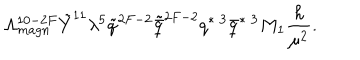
LaTeX: \Lambda _ { m a g n } ^ { 1 0 - 2 F } \tilde { Y } ^ { 1 1 } \lambda ^ { 5 } \tilde { q } ^ { 2 F - 2 } \tilde { \bar { q } } ^ { 2 F - 2 } q ^ { * \; 3 } \bar { q } ^ { * \; 3 } M _ { 1 } \frac { h } { \mu ^ { 2 } } .